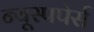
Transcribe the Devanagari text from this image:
न्यूस्पपेर्स